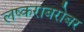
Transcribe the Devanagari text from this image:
लष्कराबरोबर